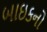
બાઇકનો